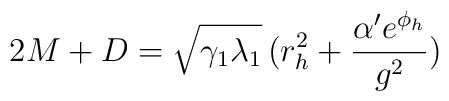
2M+D=\sqrt{\gamma_1 \lambda_1}\,(r_h^2 +\frac{\alpha'e^{\phi_h}}{g^2})